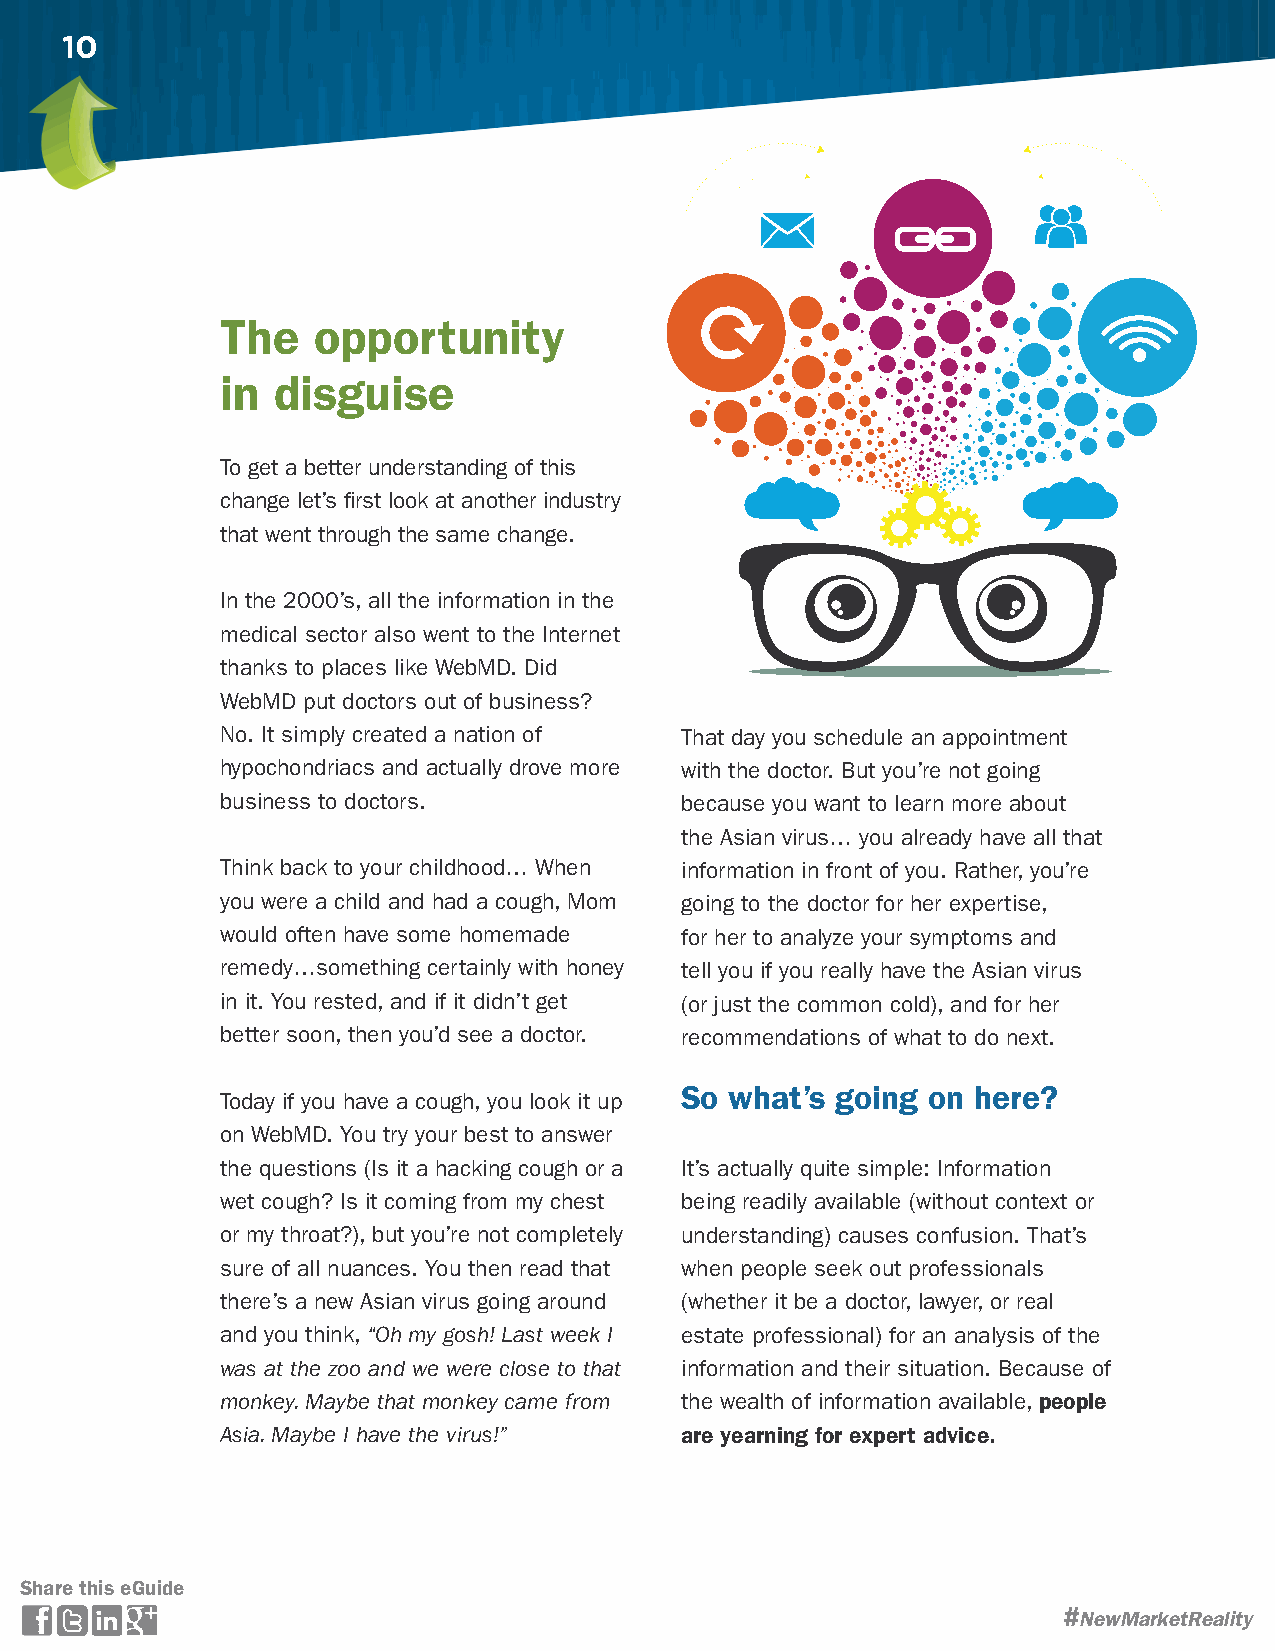
10
 The   opportunity
 in disguise
 To get a better understanding of this
 change let’s first look at another industry
 that went through the same change.
 In the 2000’s, all the information in the
 medical sector also went to the Internet
 thanks to places like WebMD. Did
 WebMD put doctors out of business?
 No. It simply created a nation of That day you schedule an appointment
 hypochondriacs and actually drove more with the doctor. But you’re not going
 business to doctors.          because you want to learn more about
 the Asian virus… you already have all that
 Think back to your childhood… When information in front of you. Rather, you’re
 you were a child and had a cough, Mom going to the doctor for her expertise,
 would often have some homemade for her to analyze your symptoms and
 remedy…something certainly with honey tell you if you really have the Asian virus
 in it. You rested, and if it didn’t get (or just the common cold), and for her
 better soon, then you’d see a doctor. recommendations of what to do next.
 So what’s going on  here?
 Today if you have a cough, you look it up
 on WebMD. You try your best to answer
 the questions (Is it a hacking cough or a It’s actually quite simple: Information
 wet cough? Is it coming from my chest being readily available (without context or
 or my throat?), but you’re not completely understanding) causes confusion. That’s
 sure of all nuances. You then read that when people seek out professionals
 there’s a new Asian virus going around (whether it be a doctor, lawyer, or real
 and you think, “Oh my gosh! Last week I estate professional) for an analysis of the
 was at the zoo and we were close to that information and their situation. Because of
 monkey. Maybe that monkey came from the wealth of information available, people
 Asia. Maybe I have the virus!” are yearning for expert advice.
 Share this eGuide
 NewMarketReality